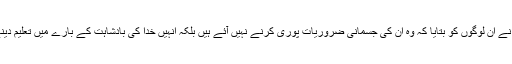
‏ پھر یسوع نے اُن لوگوں کو بتایا کہ وہ اُن کی جسمانی ضروریات پوری کرنے نہیں آئے ہیں بلکہ اُنہیں خدا کی بادشاہت کے بارے میں تعلیم دینے آئے ہیں۔